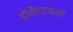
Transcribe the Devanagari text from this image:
हॉलैण्डवासी